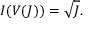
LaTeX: I ( V ( J ) ) = { \sqrt { J } } .